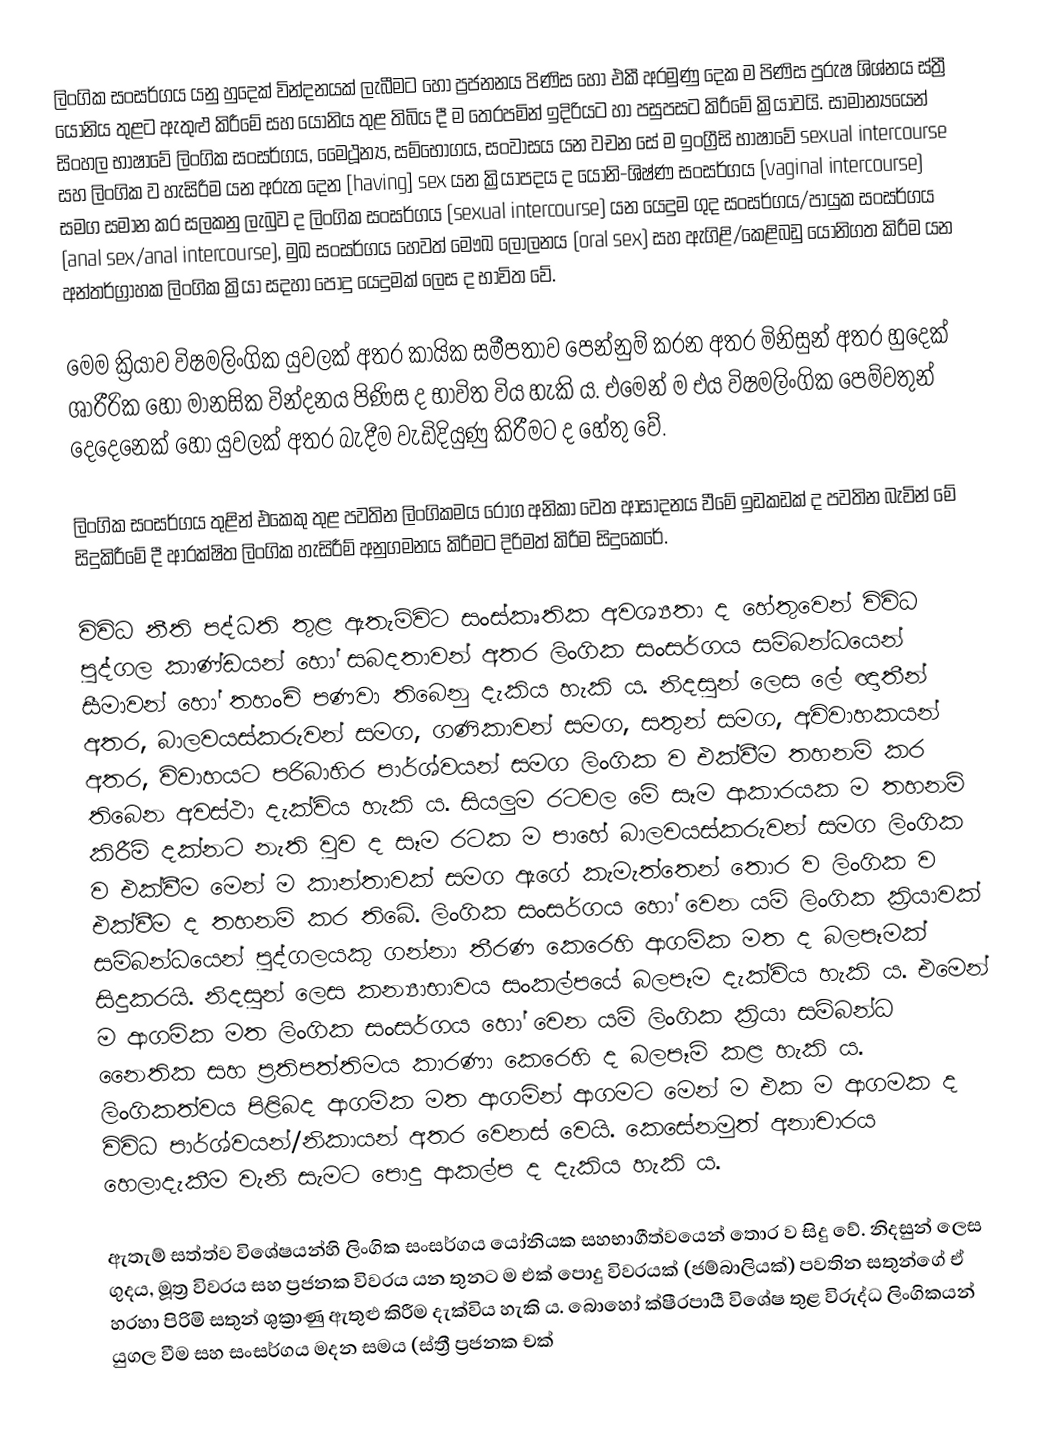
ලිංගික සංසර්ගය යනු හුදෙක් වින්දනයක් ලැබීමට හෝ ප්‍රජනනය පිණිස හෝ එකී අරමුණු දෙක ම පිණිස පුරුෂ ශිශ්නය ස්ත්‍රී යෝනිය තුළට ඇතුළු කිරීමේ සහ යෝනිය තුළ තිබිය දී ම තෙරපමින් ඉදිරියට හා පසුපසට කිරීමේ  ක්‍රියාවයි.  සාමාන්‍යයෙන් සිංහල භාෂාවේ ලිංගික සංසර්ගය, මෛථූන්‍ය, සම්භෝගය, සංවාසය යන වචන සේ ම ඉංග්‍රීසි භාෂාවේ sexual intercourse සහ ලිංගික ව හැසිරීම යන අරුත දෙන [having] sex යන ක්‍රියාපදය ද යෝනි-ශිෂ්ණ සංසර්ගය (vaginal intercourse) සමග සමාන කර සලකනු ලැබුව ද ලිංගික සංසර්ගය (sexual intercourse) යන යෙදුම ගුද සංසර්ගය/පායුක සංසර්ගය (anal sex/anal intercourse), මුඛ සංසර්ගය හෙවත් මෞඛ ලෝලනය (oral sex) සහ ඇගිළි/කෙළිබඩු යෝනිගත කිරීම යන අන්තර්ග්‍රාහක ලිංගික ක්‍රියා සදහා පොදු යෙදුමක් ලෙස ද භාවිත වේ.

මෙම ක්‍රියාව විෂමලිංගික යුවලක් අතර කායික සමීපතාව පෙන්නුම් කරන අතර මිනිසුන් අතර හුදෙක් ශාරීරික හෝ මානසික වින්දනය පිණිස ද භාවිත විය හැකි ය. එමෙන් ම එය විෂමලිංගික පෙම්වතුන් දෙදෙනෙක් හෝ යුවලක් අතර බැදීම වැඩිදියුණු කිරීමට ද හේතු වේ.

ලිංගික සංසර්ගය තුළින් එකෙකු තුළ පවතින ලිංගිකමය රෝග අනිකා වෙත ආසාදනය වීමේ ඉඩකඩක් ද පවතින බැවින් මේ සිදුකිරීමේ දී ආරක්ෂිත ලිංගික හැසිරීම් අනුගමනය කිරීමට දිරිමත් කිරීම සිදුකෙරේ.

විවිධ නීති පද්ධති තුළ ඇතැම්විට සංස්කෘතික අවශ්‍යතා ද හේතුවෙන් විවිධ පුද්ගල කාණ්ඩයන් හෝ සබදතාවන් අතර ලිංගික සංසර්ගය සම්බන්ධයෙන් සීමාවන් හෝ තහංචි පණවා තිබෙනු දැකිය හැකි ය. නිදසුන් ලෙස ලේ ඥාතීන් අතර, බාලවයස්කරුවන් සමග, ගණිකාවන් සමග, සතුන් සමග, අවිවාහකයන් අතර, විවාහයට පරිබාහිර පාර්ශ්වයන් සමග ලිංගික ව එක්වීම තහනම් කර තිබෙන අවස්ථා දැක්විය හැකි ය. සියලුම රටවල මේ සෑම ආකාරයක ම තහනම් කිරීම් දක්නට නැති වුව ද සෑම රටක ම පාහේ බාලවයස්කරුවන් සමග ලිංගික ව එක්වීම මෙන් ම කාන්තාවක් සමග ඇගේ කැමැත්තෙන් තොර ව ලිංගික ව එක්වීම ද තහනම් කර තිබේ. ලිංගික සංසර්ගය හෝ වෙන යම් ලිංගික ක්‍රියාවක් සම්බන්ධයෙන් පුද්ගලයකු ගන්නා තීරණ කෙරෙහි ආගමික මත ද බලපෑමක් සිදුකරයි. නිදසුන් ලෙස කන්‍යාභාවය සංකල්පයේ බලපෑම දැක්විය හැකි ය. එමෙන් ම ආගමික මත ලිංගික සංසර්ගය හෝ වෙන යම් ලිංගික ක්‍රියා සම්බන්ධ නෛතික සහ ප්‍රතිපත්තිමය කාරණා කෙරෙහි ද බලපෑම් කළ හැකි ය. ලිංගිකත්වය පිළිබද ආගමික මත ආගමින් ආගමට මෙන් ම එක ම ආගමක ද විවිධ පාර්ශ්වයන්/නිකායන් අතර වෙනස් වෙයි. කෙසේනමුත් අනාචාරය හෙලාදැකීම වැනි සැමට පොදු ආකල්ප ද දැකිය හැකි ය.

ඇතැම් සත්ත්ව විශේෂයන්හි ලිංගික සංසර්ගය යෝනියක සහභාගීත්වයෙන් තොර ව සිදු වේ. නිදසුන් ලෙස ගුදය, මූත්‍ර විවරය සහ ප්‍රජනක විවරය යන තුනට ම එක් පොදු විවරයක් (ජම්බාලියක්) පවතින සතුන්ගේ ඒ හරහා පිරිමි සතුන් ශුක්‍රාණු ඇතුළු කිරීම දැක්විය හැකි ය. බොහෝ ක්ෂීරපායී විශේෂ තුළ විරුද්ධ ලිංගිකයන් යුගල වීම සහ සංසර්ගය මදන සමය (ස්ත්‍රී ප්‍රජනක චක්‍